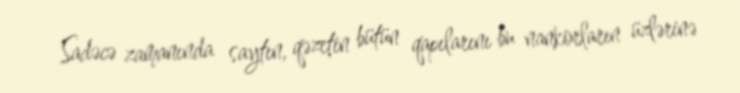
Sadəcə zamanında saytın, qəzetin bütün qapılarını bu nankorların üzlərinə